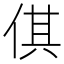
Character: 倛